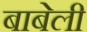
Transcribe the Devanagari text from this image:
बाबेली